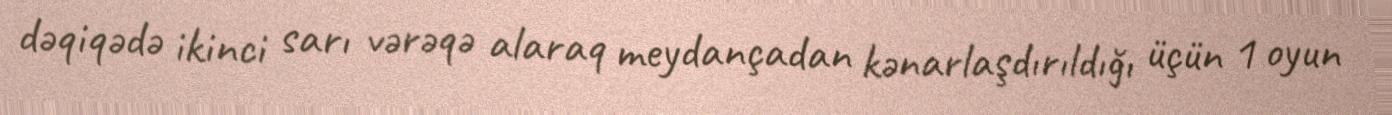
dəqiqədə ikinci sarı vərəqə alaraq meydançadan kənarlaşdırıldığı üçün 1 oyun